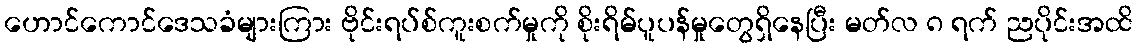
ဟောင်ကောင်ဒေသခံများကြား ဗိုင်းရပ်စ်ကူးစက်မှုကို စိုးရိမ်ပူပန်မှုတွေရှိနေပြီး မတ်လ ၈ ရက် ညပိုင်းအထိ